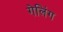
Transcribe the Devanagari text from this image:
गेलिंग